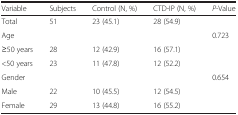
<table><thead><tr><td><b>Variable</b></td><td><b>Subjects</b></td><td><b>Control (N, %)</b></td><td><b>CTD-IP (N, %)</b></td><td><b><i>P</i>-Value</b></td></tr></thead><tbody><tr><td>Total</td><td>51</td><td>23 (45.1)</td><td>28 (54.9)</td><td></td></tr><tr><td>Age</td><td></td><td></td><td></td><td>0.723</td></tr><tr><td>≥50 years</td><td>28</td><td>12 (42.9)</td><td>16 (57.1)</td><td></td></tr><tr><td>&lt;50 years</td><td>23</td><td>11 (47.8)</td><td>12 (52.2)</td><td></td></tr><tr><td>Gender</td><td></td><td></td><td></td><td>0.654</td></tr><tr><td>Male</td><td>22</td><td>10 (45.5)</td><td>12 (54.5)</td><td></td></tr><tr><td>Female</td><td>29</td><td>13 (44.8)</td><td>16 (55.2)</td><td></td></tr></tbody></table>